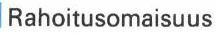
Rahoitusomaisuus